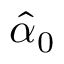
\hat { \alpha } _ { 0 }